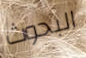
البحوث